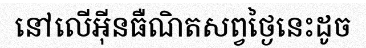
នៅលើអ៊ីនធឺណិតសព្វថ្ងៃនេះដូច